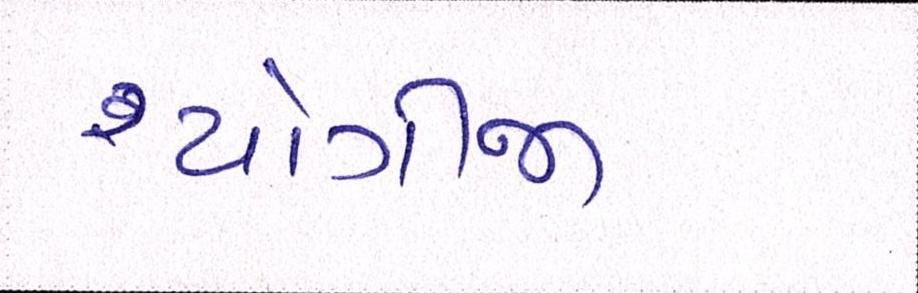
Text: યોગીજી